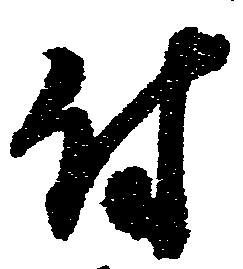
付